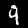
Label: 9